Senior Leaving Certificate Examination (including Day School Certificate (Higher) General paper), 1947
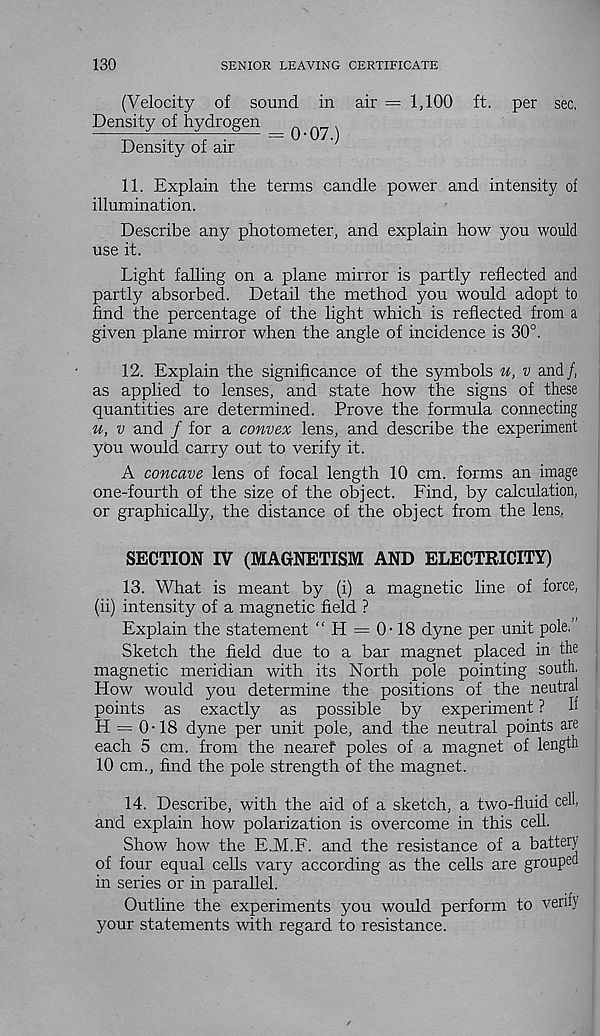
130
SENIOR LEAVING CERTIFICATE
(Velocity of sound in air = 1,100 ft. per sec.
Density of hydrogen ^ Q Q
Density of air
11. Explain the terms candle power and intensity of
illumination.
Describe any photometer, and explain how you would
use it.
Light falling on a plane mirror is partly reflected and
partly absorbed. Detail the method you would adopt to
find the percentage of the light which is reflected from a
given plane mirror when the angle of incidence is 30°.
12. Explain the significance of the symbols u, v and /,
as applied to lenses, and state how the signs of these
quantities are determined. Prove the formula connecting
u, v and / for a convex lens, and describe the experiment
you would carry out to verify it.
A concave lens of focal length 10 cm. forms an image
one-fourth of the size of the object. Find, by calculation,
or graphically, the distance of the object from the lens.
SECTION IV (MAGNETISM AND ELECTRICITY)
13. What is meant by (i) a magnetic line of force,
(ii) intensity of a magnetic field ?
Explain the statement “ H = 0-18 dyne per unit pole.”
Sketch the field due to a bar magnet placed in the
magnetic meridian with its North pole pointing south,
How would you determine the positions of the neutral
points as exactly as possible by experiment ?
K
H = 0-18 dyne per unit pole, and the neutral points are
each 5 cm. from the nearef poles of a magnet of length
10 cm., find the pole strength of the magnet.
14. Describe, with the aid of a sketch, a two-fluid cell,
and explain how polarization is overcome in this cell.
Show how the E..M.F. and the resistance of a battery
of four equal cells vary according as the cells are grouped
in series or in parallel.
Outline the experiments you would perform to verify
your statements with regard to resistance.